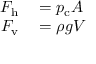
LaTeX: \begin{array} { r l } { F _ { \mathrm { h } } } & { { } = p _ { \mathrm { c } } A } \\ { F _ { \mathrm { v } } } & { { } = \rho g V } \end{array}